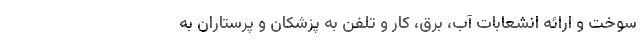
سوخت و ارائه انشعابات آب، برق، کار و تلفن به پزشکان و پرستاران به